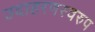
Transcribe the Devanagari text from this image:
उदाहरणस्‍वरुप